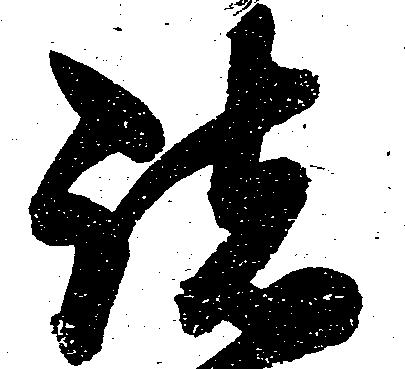
諸